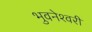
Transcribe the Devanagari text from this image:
भुवनेश्‍वरी